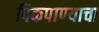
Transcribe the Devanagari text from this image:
पिकपाण्याचा